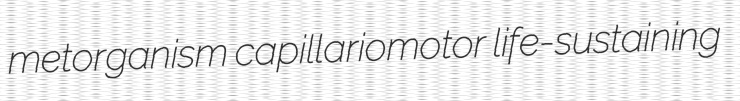
metorganism capillariomotor life-sustaining